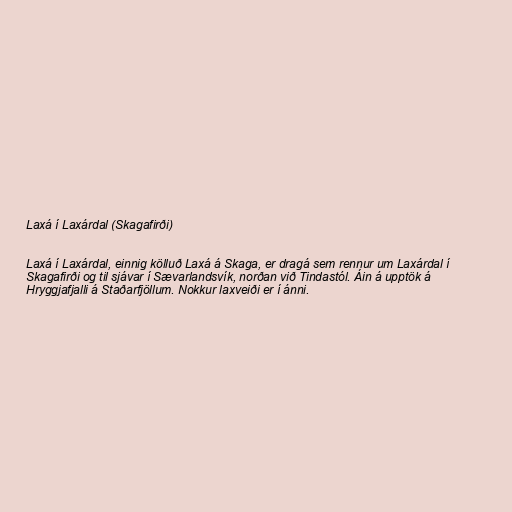
Laxá í Laxárdal (Skagafirði)

Laxá í Laxárdal, einnig kölluð Laxá á Skaga, er dragá sem rennur um Laxárdal í
Skagafirði og til sjávar í Sævarlandsvík, norðan við Tindastól. Áin á upptök á
Hryggjafjalli á Staðarfjöllum. Nokkur laxveiði er í ánni.